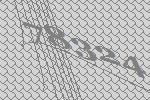
78324